Indian journal of veterinary science and animal husbandry - Volumes 24-25, 1954-1955
Year: 1954
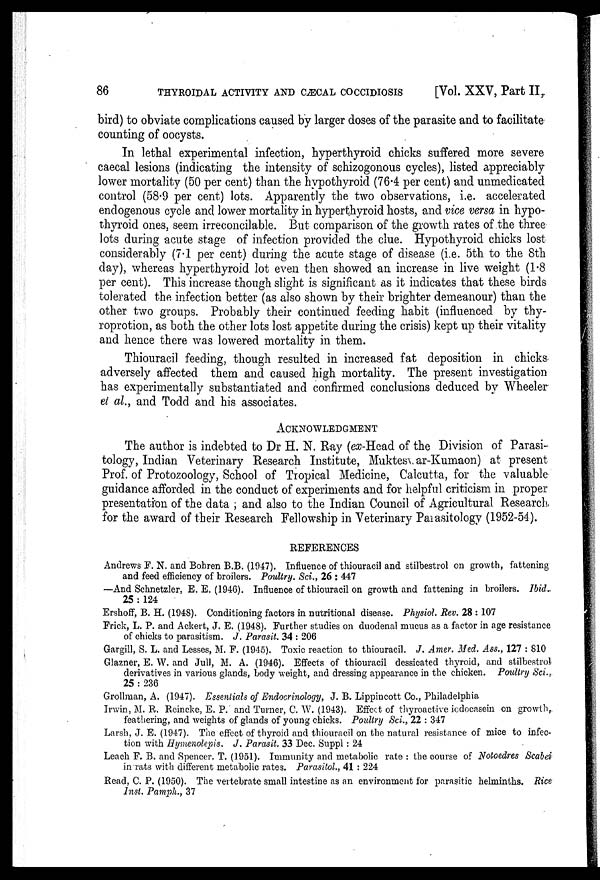
86
THYROIDAL ACTIVITY AND CÆCAL COCCIDIOSIS
[Vol. XXV, Part II,
bird) to obviate complications caused by larger doses of the parasite and to facilitate
counting of oocysts.
In lethal experimental infection, hyperthyroid chicks suffered more severe
caecal lesions (indicating the intensity of schizogonous cycles), listed appreciably
lower mortality (50 per cent) than the hypothyroid (76.4 per cent) and unmedicated
control (58.9 per cent) lots. Apparently the two observations, i.e. accelerated
endogenous cycle and lower mortality in hyperthyroid hosts, and vice versa in hypo-
thyroid ones, seem irreconcilable. But comparison of the growth rates of the three
lots during acute stage of infection provided the clue. Hypothyroid chicks lost
considerably (7.1 per cent) during the acute stage of disease (i.e. 5th to the 8th
day), whereas hyperthyroid lot even then showed an increase in live weight (1.8
per cent). This increase though slight is significant as it indicates that these birds
tolerated the infection better (as also shown by their brighter demeanour) than the
other two groups. Probably their continued feeding habit (influenced by thy-
roprotion, as both the other lots lost appetite during the crisis) kept up their vitality
and hence there was lowered mortality in them.
Thiouracil feeding, though resulted in increased fat deposition in chicks
adversely affected them and caused high mortality. The present investigation
has experimentally substantiated and confirmed conclusions deduced by Wheeler
et al., and Todd and his associates.
ACKNOWLEDGMENT
The author is indebted to Dr H. N. Ray (ex-Head of the Division of Parasi-
tology, Indian Veterinary Research Institute, Mukteswar-Kumaon) at present
Prof. of Protozoology, School of Tropical Medicine, Calcutta, for the valuable
guidance afforded in the conduct of experiments and for helpful criticism in proper
presentation of the data ; and also to the Indian Council of Agricultural Research
for the award of their Research Fellowship in Veterinary Parasitology (1952-54).
REFERENCES
Andrews F. N. and Bohren B.B. (1947). Influence of thiouracil and stilbestrol on growth, fattening
and feed efficiency of broilers. Poultry. Sci., 26 : 447
—And Schnetzler, E. E. (1946). Influence of thiouracil on growth and fattening in broilers. Ibid.
25 : 124
Ershoff, B. H. (1948). Conditioning factors in nutritional disease. Physiol. Rev. 28 : 107
Frick, L. P. and Ackert, J. E. (1948). Further studies on duodenal mucus as a factor in age resistance
of chicks to parasitism. J. Parasit. 34 : 206
Gargill, S. L. and Lesses, M. F. (1945). Toxic reaction to thiouracil. J. Amer. Med. Ass., 127 : 810
Glazner, E. W. and Jull, M. A. (1946). Effects of thiouracil dessicated thyroid, and stilbestrol
derivatives in various glands, body weight, and dressing appearance in the chicken. Poultry Sci.,
25 : 236
Grollman, A. (1947). Essentials of Endocrinology, J. B. Lippincott Co., Philadelphia
Irwin, M. R. Reineke, E. P. and Turner, C. W. (1943). Effect of thyroactive iodocasein on growth,
feathering, and weights of glands of young chicks. Poultry Sci., 22 : 347
Larsh, J. E. (1947). The effect of thyroid and thiouracil on the natural resistance of mice to infec-
tion with Hymenolepis. J. Parasit. 33 Dec. Suppl : 24
Leach F. B. and Spencer. T. (1951). Immunity and metabolic rate : the course of Notoedres Scabei
in rats with different metabolic rates. Parasitol., 41 : 224
Read, C. P. (1950). The vertebrate small intestine as an environment for parasitic helminths. Rice
Inst. Pamph., 37